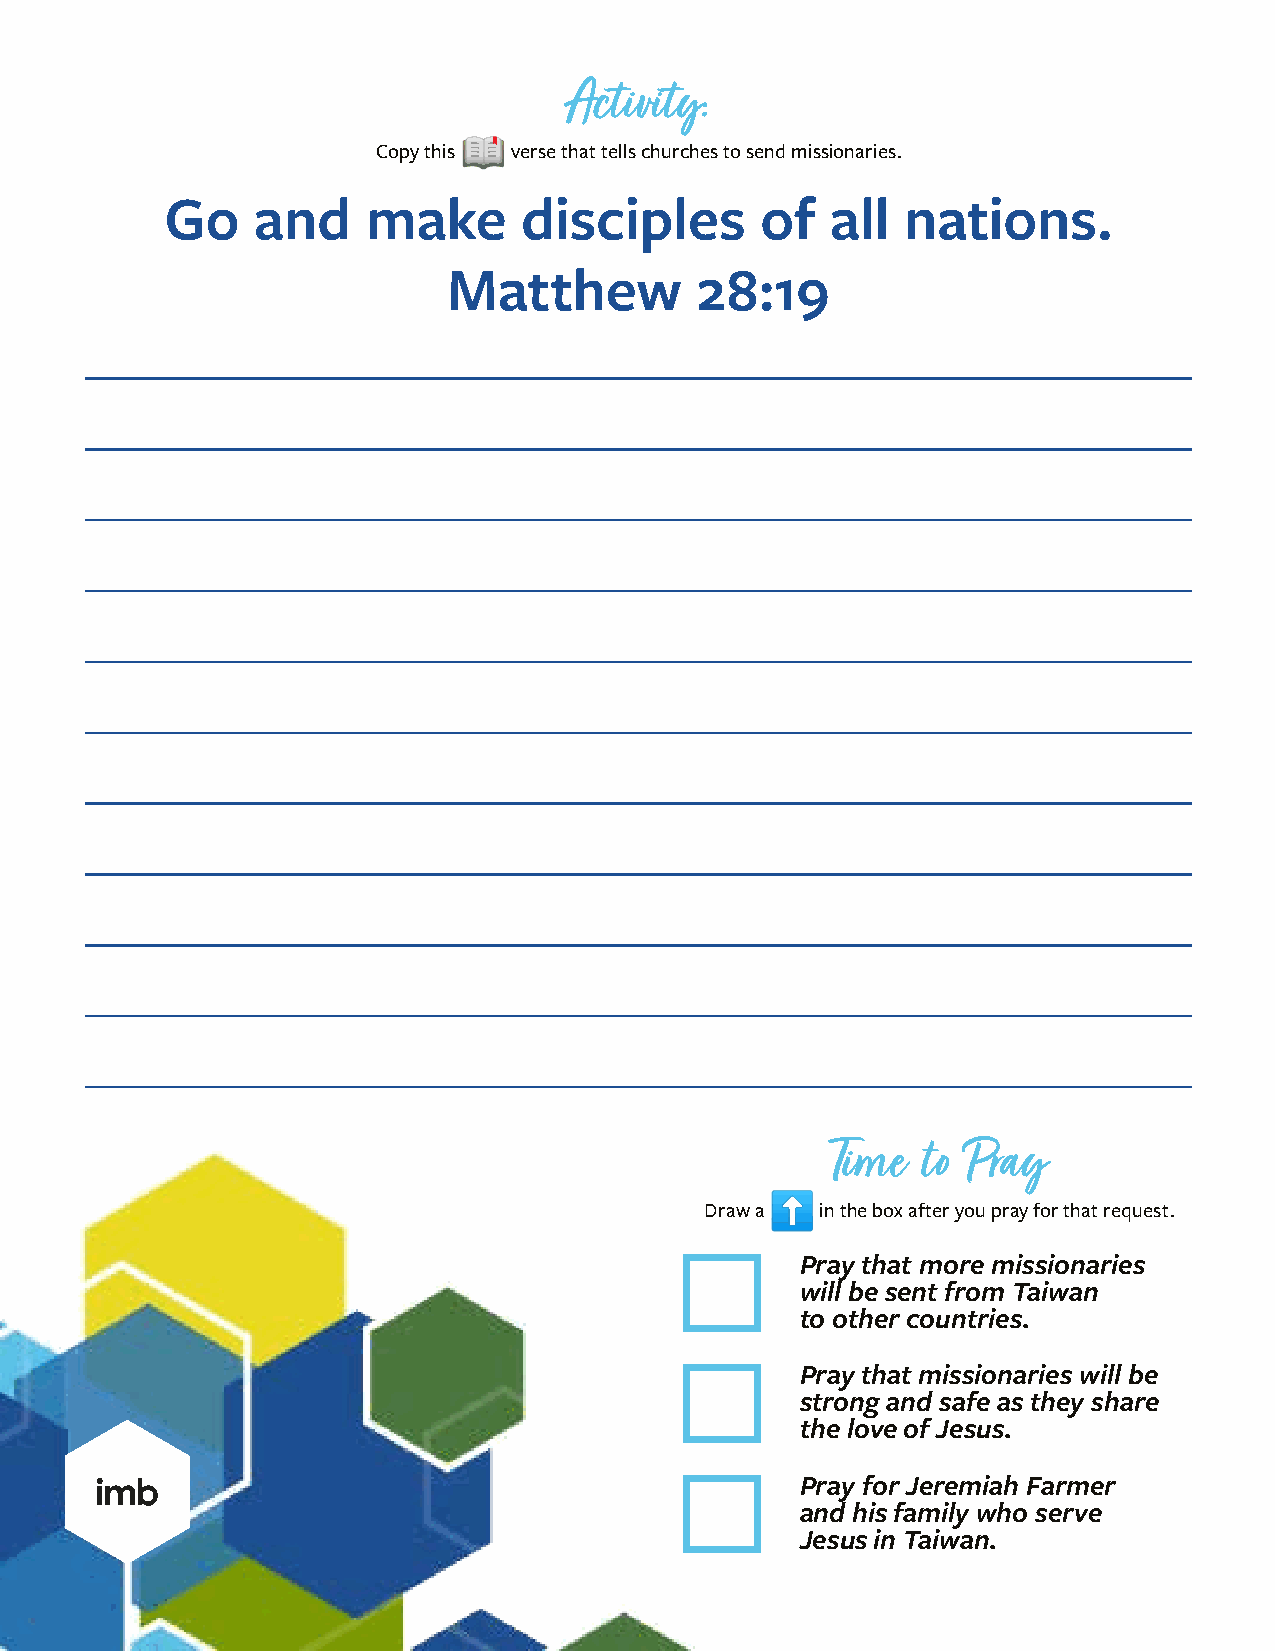
Activity:
 📖
 Copy this verse that tells churches to send missionaries.
 Go    and    make      disciples       of   all  nations.
 Matthew         28:19
 ––––––––––––––––––––––––––––––––––––––––––––––––––––––
 ––––––––––––––––––––––––––––––––––––––––––––––––––––––
 ––––––––––––––––––––––––––––––––––––––––––––––––––––––
 ––––––––––––––––––––––––––––––––––––––––––––––––––––––
 ––––––––––––––––––––––––––––––––––––––––––––––––––––––
 ––––––––––––––––––––––––––––––––––––––––––––––––––––––
 ––––––––––––––––––––––––––––––––––––––––––––––––––––––
 ––––––––––––––––––––––––––––––––––––––––––––––––––––––
 ––––––––––––––––––––––––––––––––––––––––––––––––––––––
 ––––––––––––––––––––––––––––––––––––––––––––––––––––––
 ––––––––––––––––––––––––––––––––––––––––––––––––––––––
 Time  to Pray
 ⬆
 Draw a in the box after you pray for that request.
 ɡ
 Pray that more missionaries
 will be sent from Taiwan
 to other countries.
 ɡ
 Pray that missionaries will be
 strong and safe as they share
 the love of Jesus.
 ɡ
 Pray for Jeremiah Farmer
 and his family who serve
 Jesus in Taiwan.